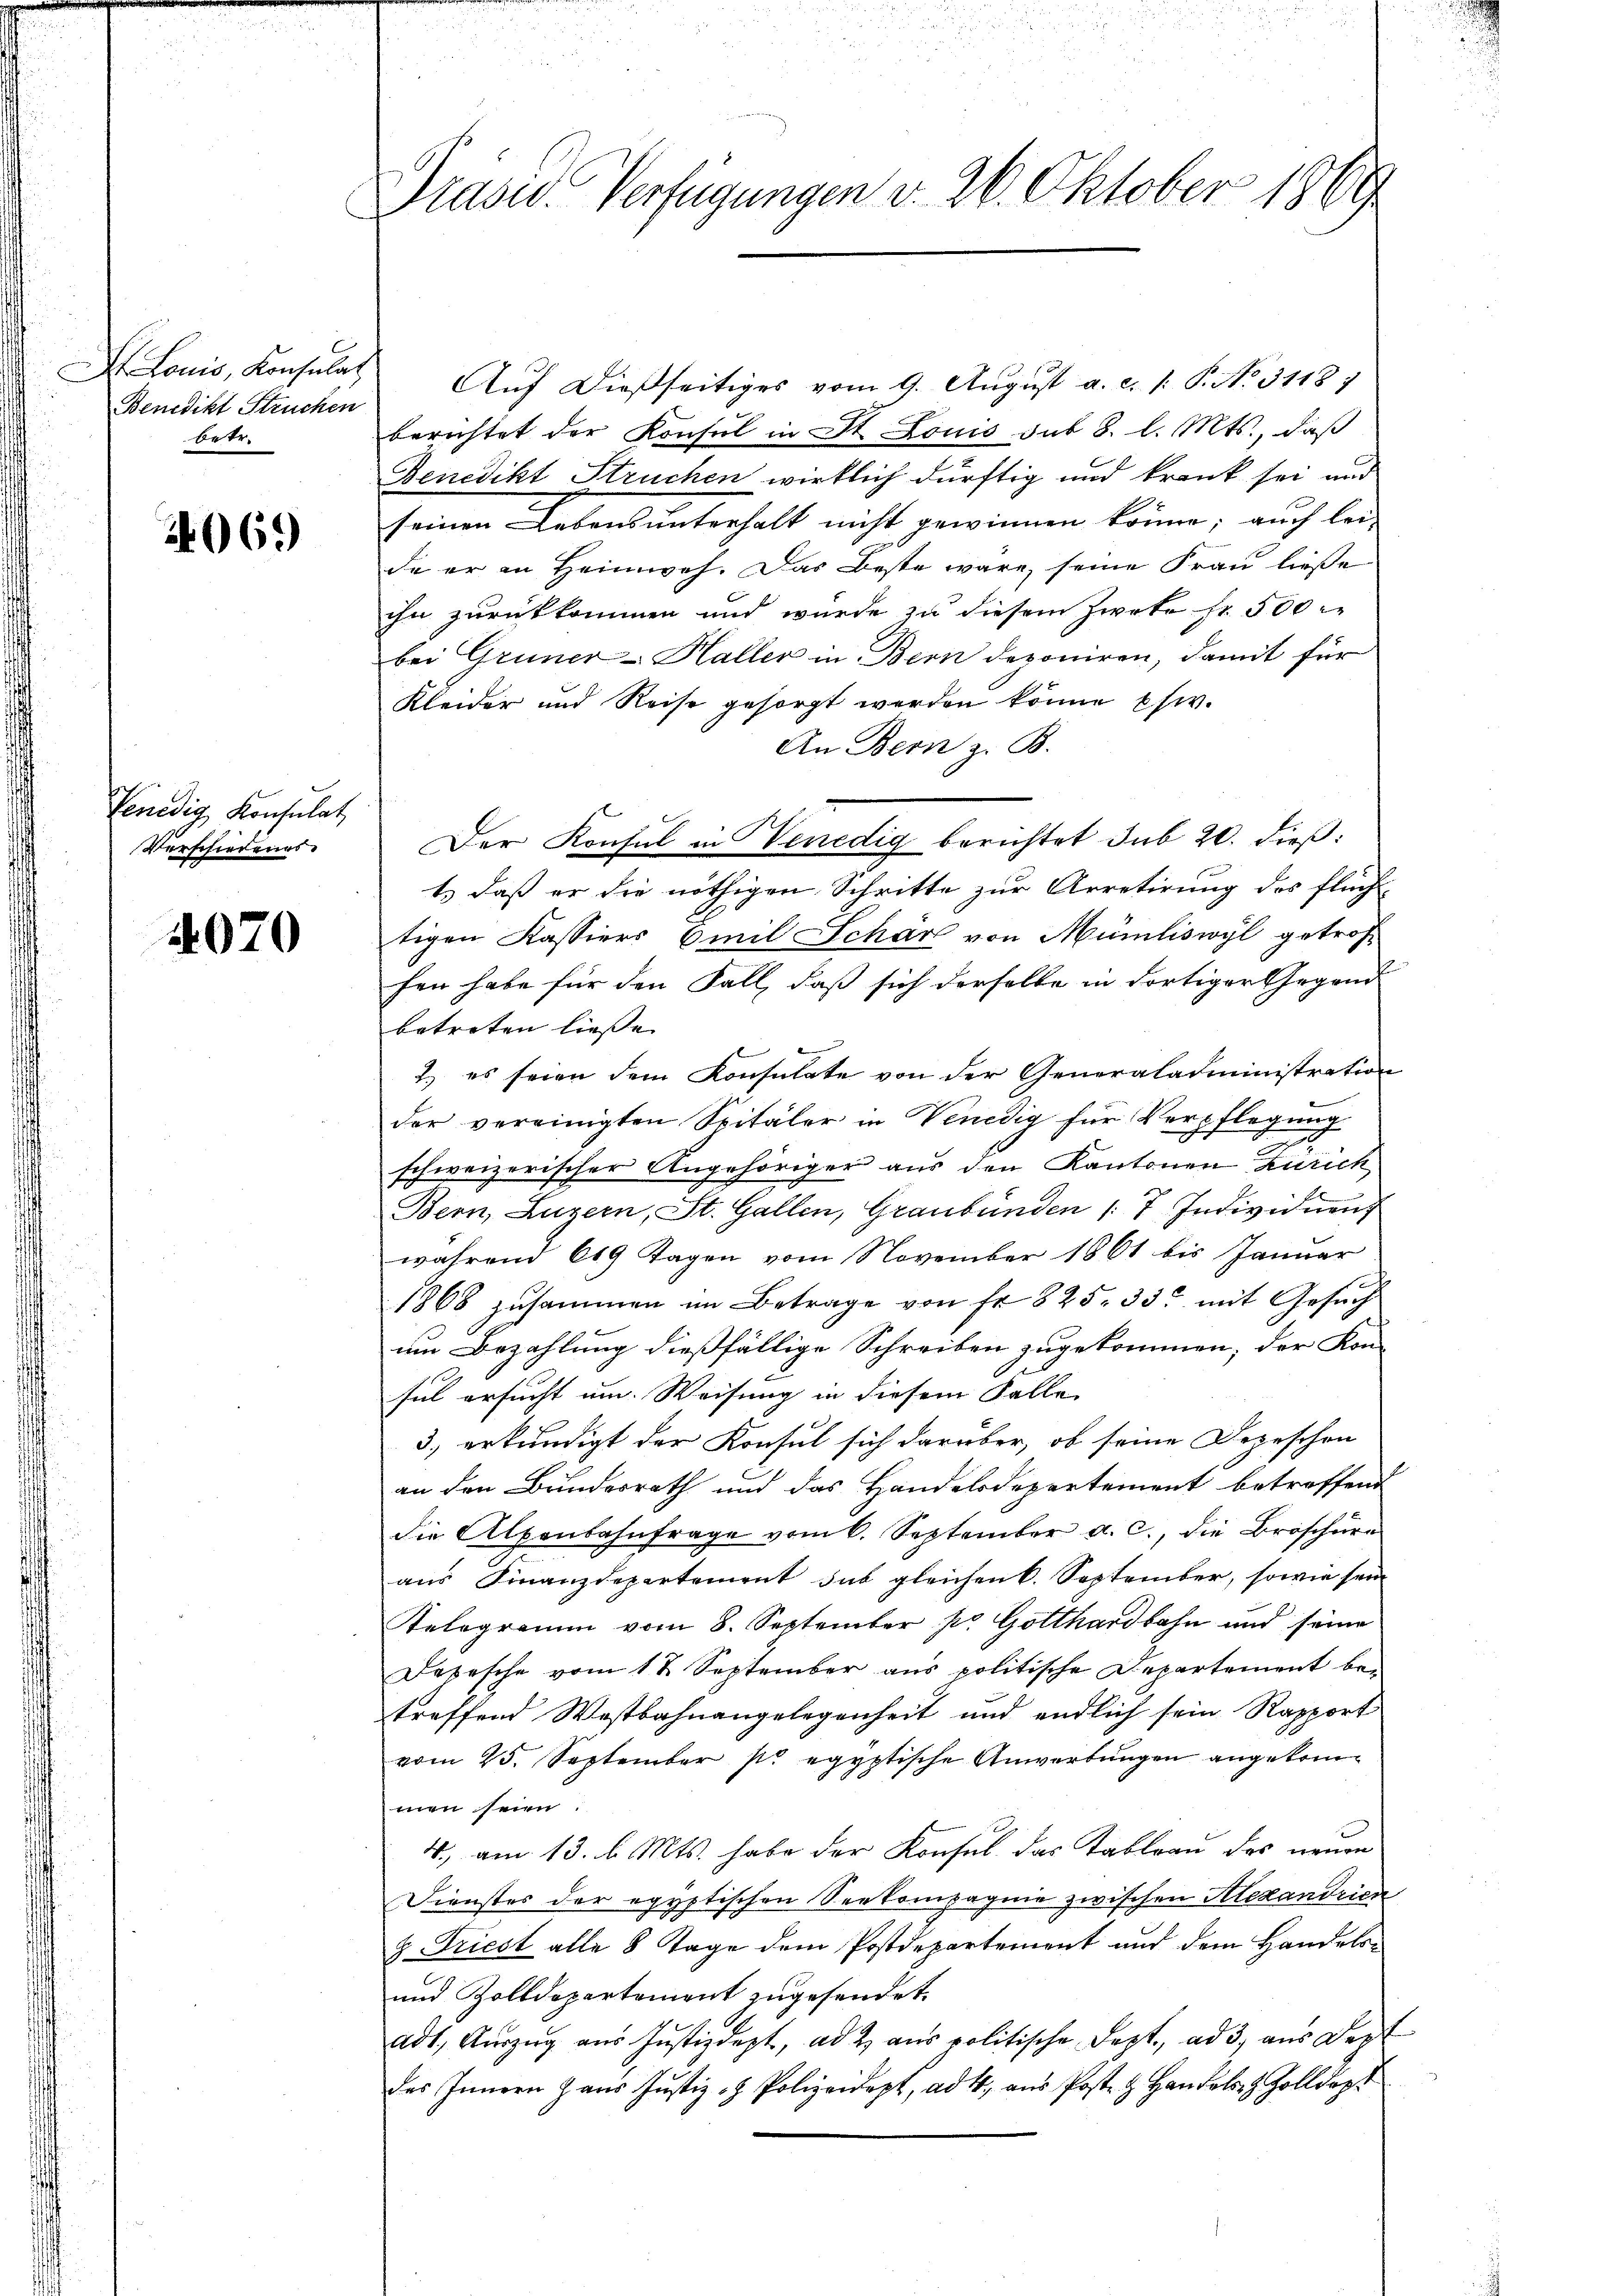
Benedikt Struchen
betr.

2069)

Fenedig Konsulat
Verschiedenes.

4070

Präsid. Verfügungen v. 26. Oktober 1869

Louis, Konsulat Auf dießseitiges vom 9. August a. c. 1. P. No. 31187
berichtet der Konsul in St. Louis sub 8. l. Mts., daß
Benedikt Struchen wirklich dürftig und krank sei und
seinen Lebensunterhalt nicht gewinnen könne; auch lei-
de er in Heimweh. Das Beste wäre, seine Frau ließe
ihn zurückkommen und würde zu diesem Zweke fr. 500 r
bei Grüner-Haller in Bern deponiren, damit für
Kleider und Reise gesorgt werden könne phw.
An Bern z. B.
Der Konsul in Venedig berichtet sub 20. dieß:
1.) daß er die nöthigen Schritte zur Arretirung des Flüchtigen Kassiers Emil Schär von Münliswyl getroff
fen habe für den Fall, daß sich derselbe in dortiger Gegend
betreten liesse. |
2.) es seien dem Konsulate von der Generaladministration
der vereinigten Spitäler in Venedig für Verpflegung
schweizerischer Angehöriger aus den Kantonen Zürich
Bern, Luzern, St. Gallen, Graubünden /: 7. Individuen
während 619 Tagen vom November 1861 bis Januar
1868 zusammen im Betrage von fr 825. 33. mit Gesuch
um Bezahlung dießfällige Schreiben zugekommen, der Kon-
sul ersucht um. Weisung in diesem Falle
3. erkundigt der Konsul sich darüber, ob seine Depeschen
an den Bundesrath und das Handelsdepartement betreffend
die Alpenbahnfrage vom 6. September a. c., die Broschüre
aus Finanzdepartement das gleichen k. September, sowie sein
Relogramm vom 8. September pr Gotthardbahn und seine
Depesche vom 11. September aus politische Departement betreffend Westbahnangelegenheit und endlich sein Rapport
vom 25. September pr egyptische Anwerbungen angekommen seien
4, am 13. d. Mts. habe der Konsul das Tableau des neuen
Dienstes der egyptischen Seekompagnie zwischen Alexandries
8. Friest alle 8 Tage dem Postdepartement und dem Handels-
und Zolldepartement zugesendet.
adt, Aŭszŭg aŭs Justizdept, ad 2. aŭs politische Dept. ad 3, aus Dept
des Innern Haŭs Jŭstiz- & Polizeidept, ad 4. aŭs Post & Handels- & Zolldept